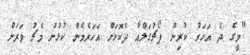
"މީގެ ދެ އަހަރު ކުރިން ޕޯޗުގަލްއާ ދެކޮޅަށް އަހަރެމެން ކުޅުނު މެޗު ވަރަށް